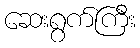
ဆေးရွက်ကြီး